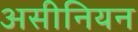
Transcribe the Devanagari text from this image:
असीनियन